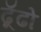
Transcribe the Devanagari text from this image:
ढॅूढो